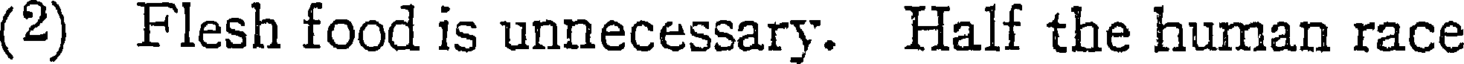
(2) Flesh food is unnecessary. Half the human race